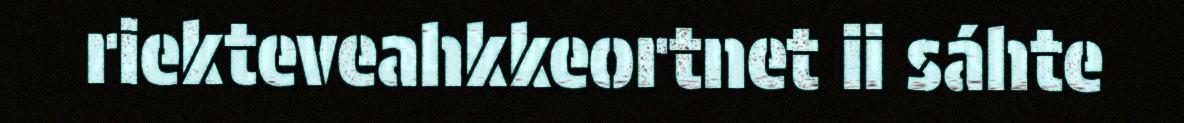
riekteveahkkeortnet ii sáhte